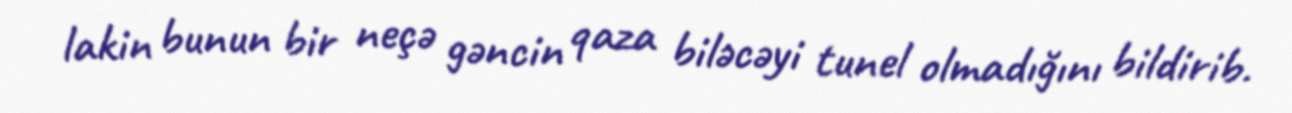
lakin bunun bir neçə gəncin qaza biləcəyi tunel olmadığını bildirib.